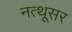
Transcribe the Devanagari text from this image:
नत्थूसर